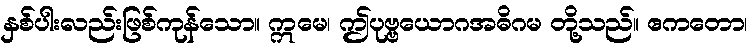
နှစ်ပါးလည်းဖြစ်ကုန်သော။ ဣမေ၊ ဤပုဗ္ဗယောဂအဓိဂမ တို့သည်။ ဧကတော၊